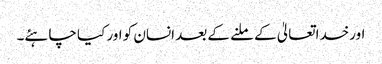
اورخداتعالیٰ کے ملنے کے بعد انسان کو اور کیا چاہئے۔